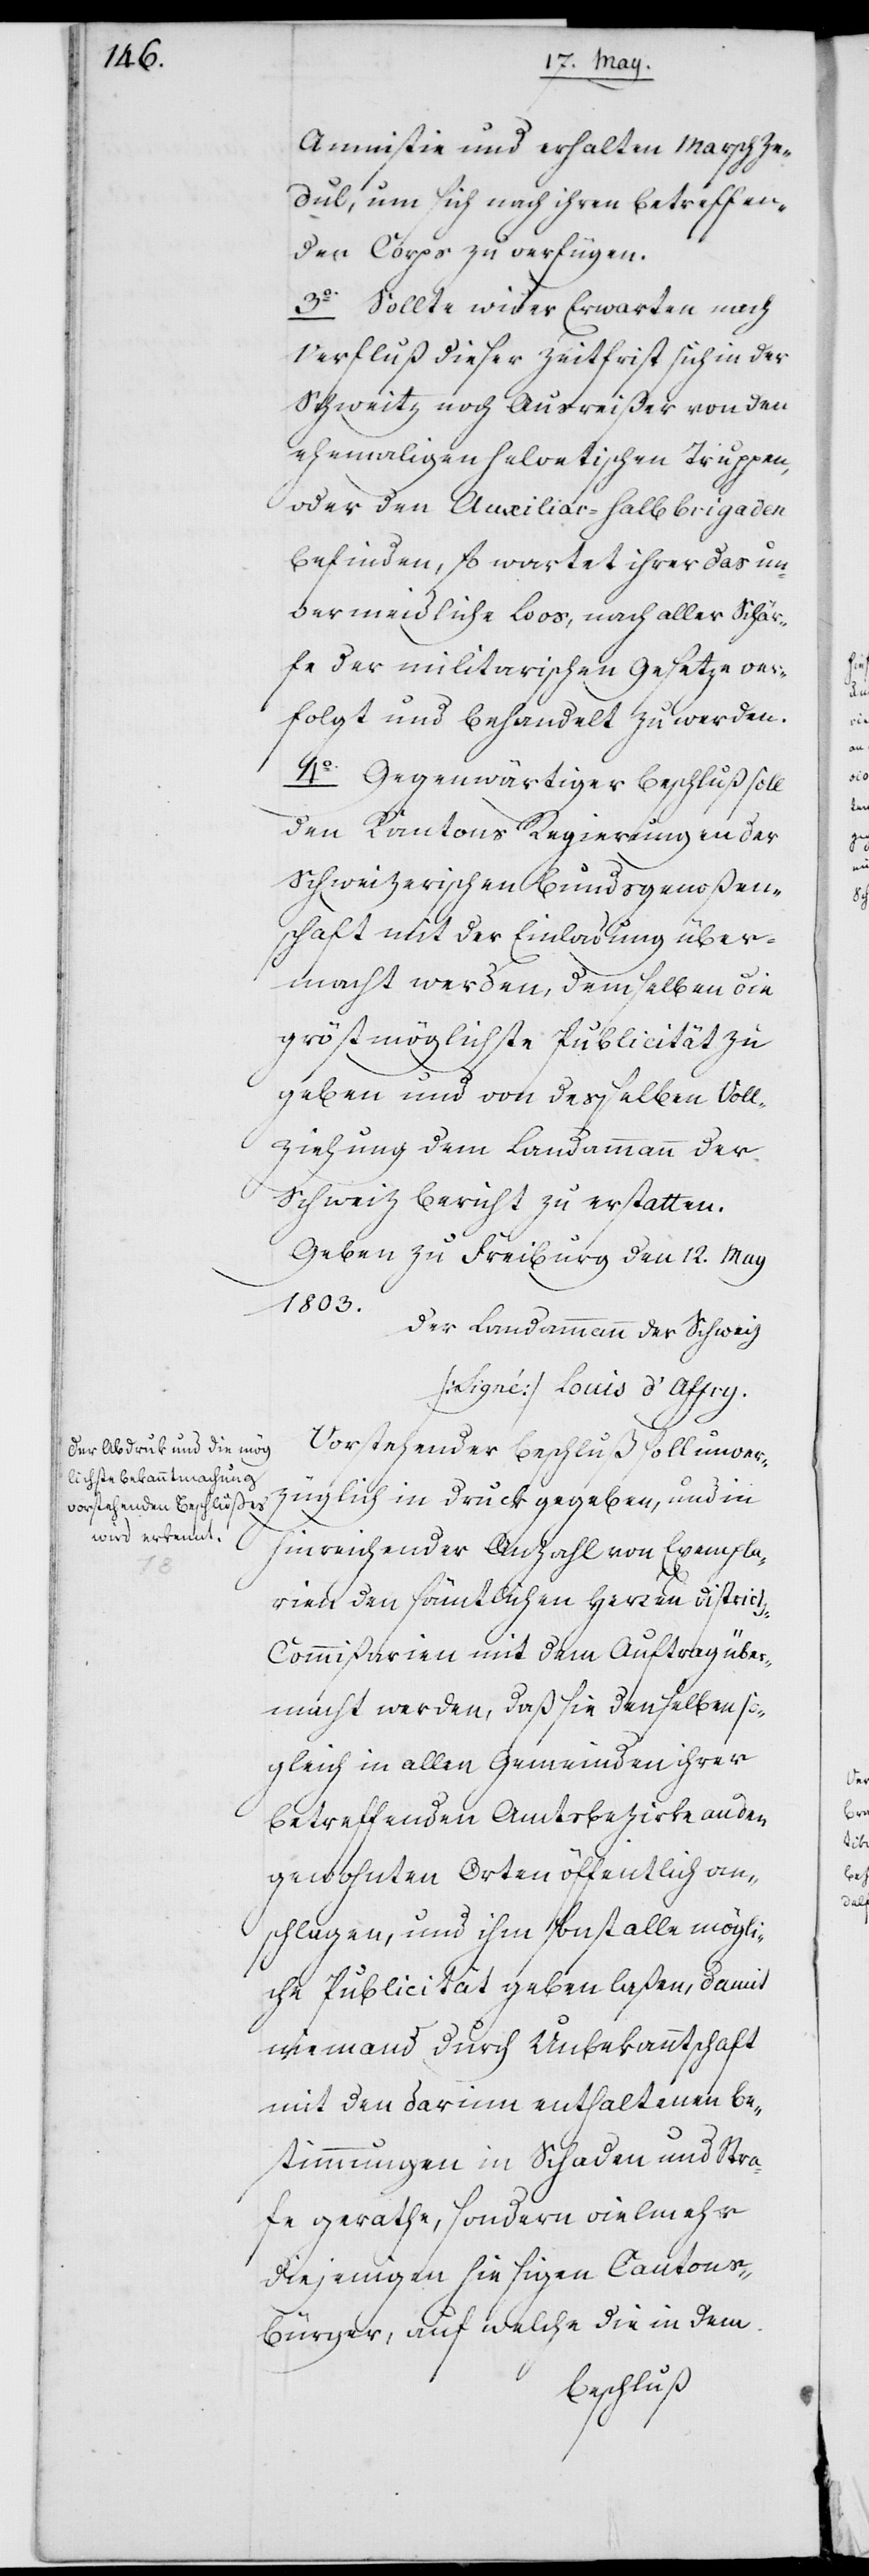
Amnistie und erhalten Marschze¬
dul, um sich nach ihren betreffen¬
den Corps zu verfügen.
3o Sollte[n] wider Erwarten nach
Verfluß dieser Zeitfrist sich in der
Schweitz noch Ausreißer von den
ehemaligen helvetischen Truppen,
oder den Auxiliar-Halbbrigaden
befinden, so erwartet ihrer das un¬
vermeidliche Loos, nach aller Schär¬
fe der militarischen Gesetze ver¬
folgt und behandelt zu werden.
4o Gegenwärtiger Beschluß soll
den Kantons Regierungen der
schweizerischen Bundsgenoßen¬
schaft mit der Einladung über¬
macht werden, demselben die
größtmöglichste Publicität zu
geben und von desselben Voll¬
ziehung dem Landammann der
Schweiz Bericht zu erstatten.
Geben zu Freiburg den 12. May
1803.
Der Landammann der Schweiz
(Signé) Louis d’Affry.
Vorstehender Beschluß soll unver¬
züglich in Druck gegeben, und in
hinreichender Anzahl von Exempla¬
rien den sämtlichen Herren District¬
s-Commißarien mit dem Auftrag über¬
macht werden, daß sie denselben so¬
gleich in allen Gemeinden ihrer
betreffenden Amtsbezirke an den
gewohnten Orten öffentlich an¬
schlagen, und ihm sonst alle mögli¬
che Publicität geben laßen, damit
niemand durch Unbekanntschaft
mit den darinn enthaltenen Be¬
stimmungen in Schaden und Stra¬
fe gerathe, sondern vielmehr
diejenigen hiesigen Cantons-B¬
ürger, auf welche die in dem